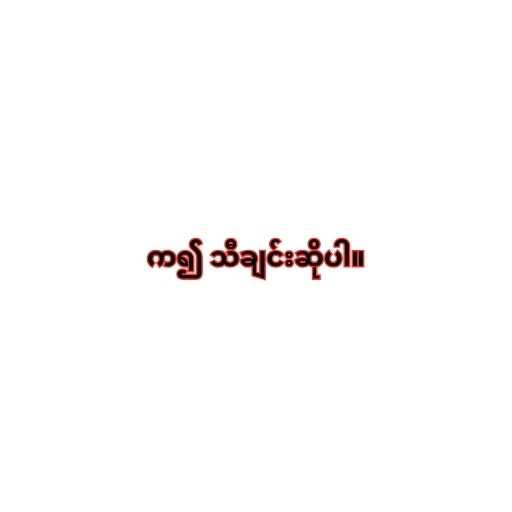
က၍ သီချင်းဆိုပါ။